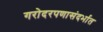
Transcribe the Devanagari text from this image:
गरोदरपणासंदर्भात